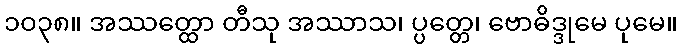
၁၀၃၈။ အဿတ္ထော တီသု အဿာသ၊ ပ္ပတ္တေ၊ ဗောဓိဒ္ဒုမေ ပုမေ။